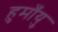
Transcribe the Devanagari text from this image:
हुमाँयु